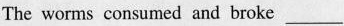
The worms consumed and broke ___